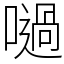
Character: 㗻